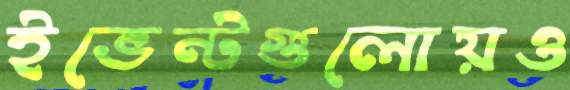
ইভেন্টগুলোয়ও